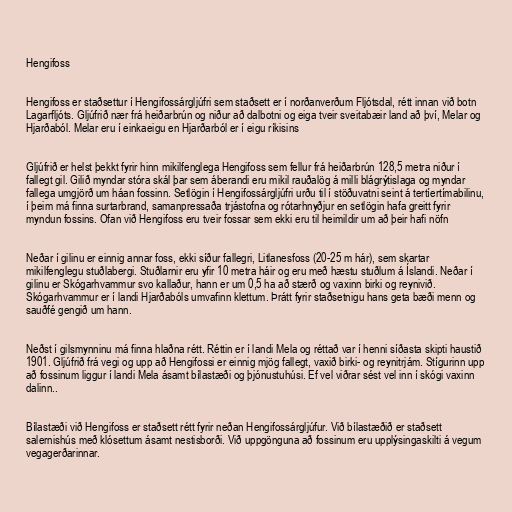
Hengifoss

Hengifoss er staðsettur í Hengifossárgljúfri sem staðsett er í norðanverðum Fljótsdal, rétt innan við botn
Lagarfljóts. Gljúfrið nær frá heiðarbrún og niður að dalbotni og eiga tveir sveitabæir land að því, Melar og
Hjarðaból. Melar eru í einkaeigu en Hjarðarból er í eigu ríkisins

Gljúfrið er helst þekkt fyrir hinn mikilfenglega Hengifoss sem fellur frá heiðarbrún 128,5 metra niður í
fallegt gil. Gilið myndar stóra skál þar sem áberandi eru mikil rauðalög á milli blágrýtislaga og myndar
fallega umgjörð um háan fossinn. Setlögin í Hengifossárgljúfri urðu til í stöðuvatni seint á tertíertímabilinu,
í þeim má finna surtarbrand, samanpressaða trjástofna og rótarhnyðjur en setlögin hafa greitt fyrir
myndun fossins. Ofan við Hengifoss eru tveir fossar sem ekki eru til heimildir um að þeir hafi nöfn

Neðar í gilinu er einnig annar foss, ekki síður fallegri, Litlanesfoss (20-25 m hár), sem skartar
mikilfenglegu stuðlabergi. Stuðlarnir eru yfir 10 metra háir og eru með hæstu stuðlum á Íslandi. Neðar í
gilinu er Skógarhvammur svo kallaður, hann er um 0,5 ha að stærð og vaxinn birki og reynivið.
Skógarhvammur er í landi Hjarðabóls umvafinn klettum. Þrátt fyrir staðsetnigu hans geta bæði menn og
sauðfé gengið um hann.

Neðst í gilsmynninu má finna hlaðna rétt. Réttin er í landi Mela og réttað var í henni síðasta skipti haustið
1901. Gljúfrið frá vegi og upp að Hengifossi er einnig mjög fallegt, vaxið birki- og reynitrjám. Stígurinn upp
að fossinum liggur í landi Mela ásamt bílastæði og þjónustuhúsi. Ef vel viðrar sést vel inn í skógi vaxinn
dalinn..

Bílastæði við Hengifoss er staðsett rétt fyrir neðan Hengifossárgljúfur. Við bílastæðið er staðsett
salernishús með klósettum ásamt nestisborði. Við uppgönguna að fossinum eru upplýsingaskilti á vegum
vegagerðarinnar.